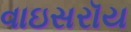
વાઇસરૉય